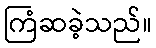
ကြံဆခဲ့သည်။